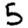
Digit: 5